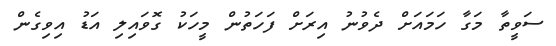
ސަވީތާ މަގާ ހަމައަށް ދެވުނު އިރަށް ފަހަތުން މީހަކު ގޮވައިލި އަޑު އިވިގެން